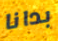
بدانا